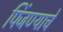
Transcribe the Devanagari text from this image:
पिंजण्याचे